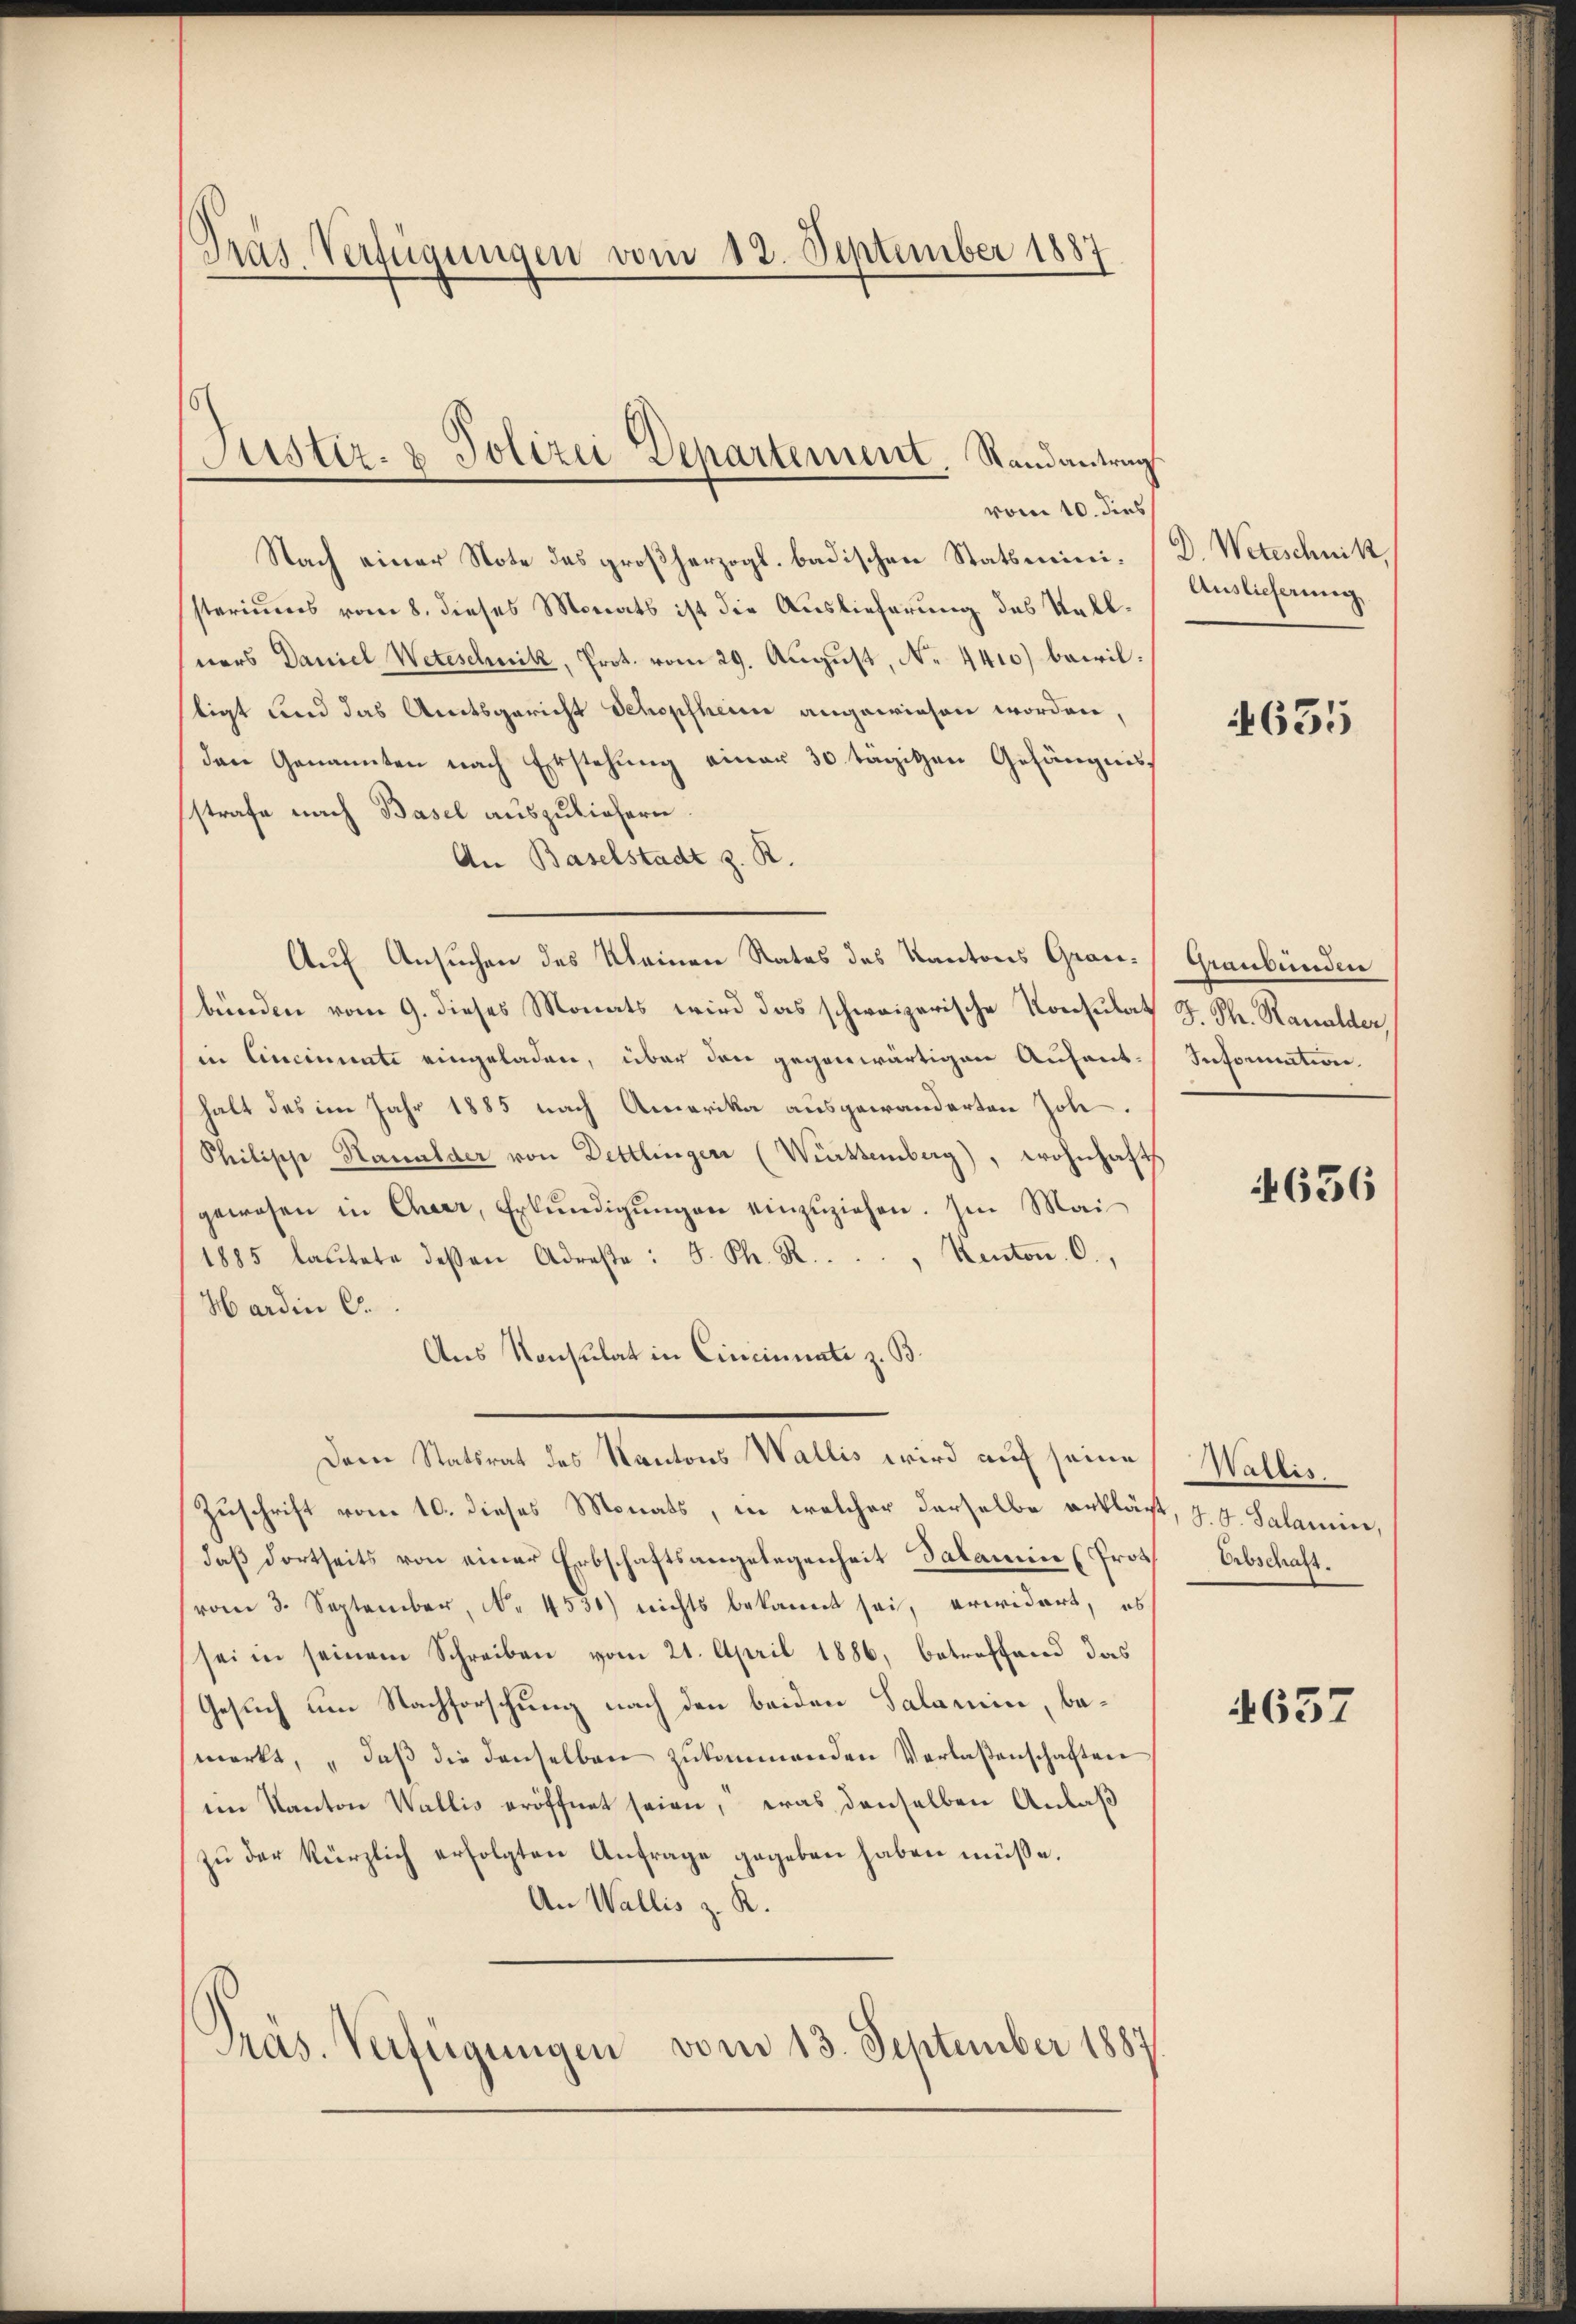
Pras Verfügungen vom 12. September 1887

Justiz- & Polizei Departement, Randantrag

vom 10. dies
Nach einer Note das großherzogl. badischen Statsministeriums vom 8. dieses Monats ist die Auslieferung des Stallners Daniel Weteschnitz, Prot. vom 29. August, N. 441) bewilligt und das Amtsgericht Schopfheim angewiesen worden,
den Genannten nach Erstehung einer 30 tägigen Gefängnis
sstrafe nach Basel auszuliefern.
An Baselstadt z. R.
Auf Ansuchen des Kleinen Rates des Kantons Grau- Graubünden
bünden vom 9. dieses Monats wird das schweizerische Konsulat J. Ph. Rawalder,
in Cincinunte eingeladen, über den gegenwärtigen Aufent-Information
halt des im Jahr 1885 nach Amerika ausgewanderten Joh.
Philipp Kanalder von Dettlinger (Württemberg), wohnhafts
gewesen in Cheer, Erkŭndigŭngen einzŭziehen. Im Mai
Kenton. O.,
1885 lautete dessen Adreste: J. Ph. R.
Hardin C.
Aus Konsulat in Cincinati z. B.
Dem Statsrat des Kantons Wallis wird auf seine
Zuschrift vom 10. dieses Monats, in welcher derselbe erklärt, J. G. Salamier,
daß dortseits von einer Erbschaftsangelegenheit Salamin (Prot
(vom 3. September, No. 4530) nichts bekannt sei, erwidert, es
sei in seinem Schreiben vom 21. April 1886, betreffend das
Gesuch um Nachforschung nach den beiden Salamin, bemerkt, „daß die denselben zukommenden Verlaßenschaften
eim Kanton Wallis eröffnet seien, was denselben Anlaß
zŭ der kürzlich erfolgten Anfrage gegeben haben müße.
An Wallis z. R.
Präs. Vertrigungen vom 13. September 1887

D. Wetzschnitz,
Auslieferung,

635

636

Wallis.
Erbschaft.

4637